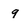
Character: 9